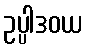
ဥပ္ပါဒဝယ